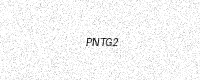
Text: PNTG2